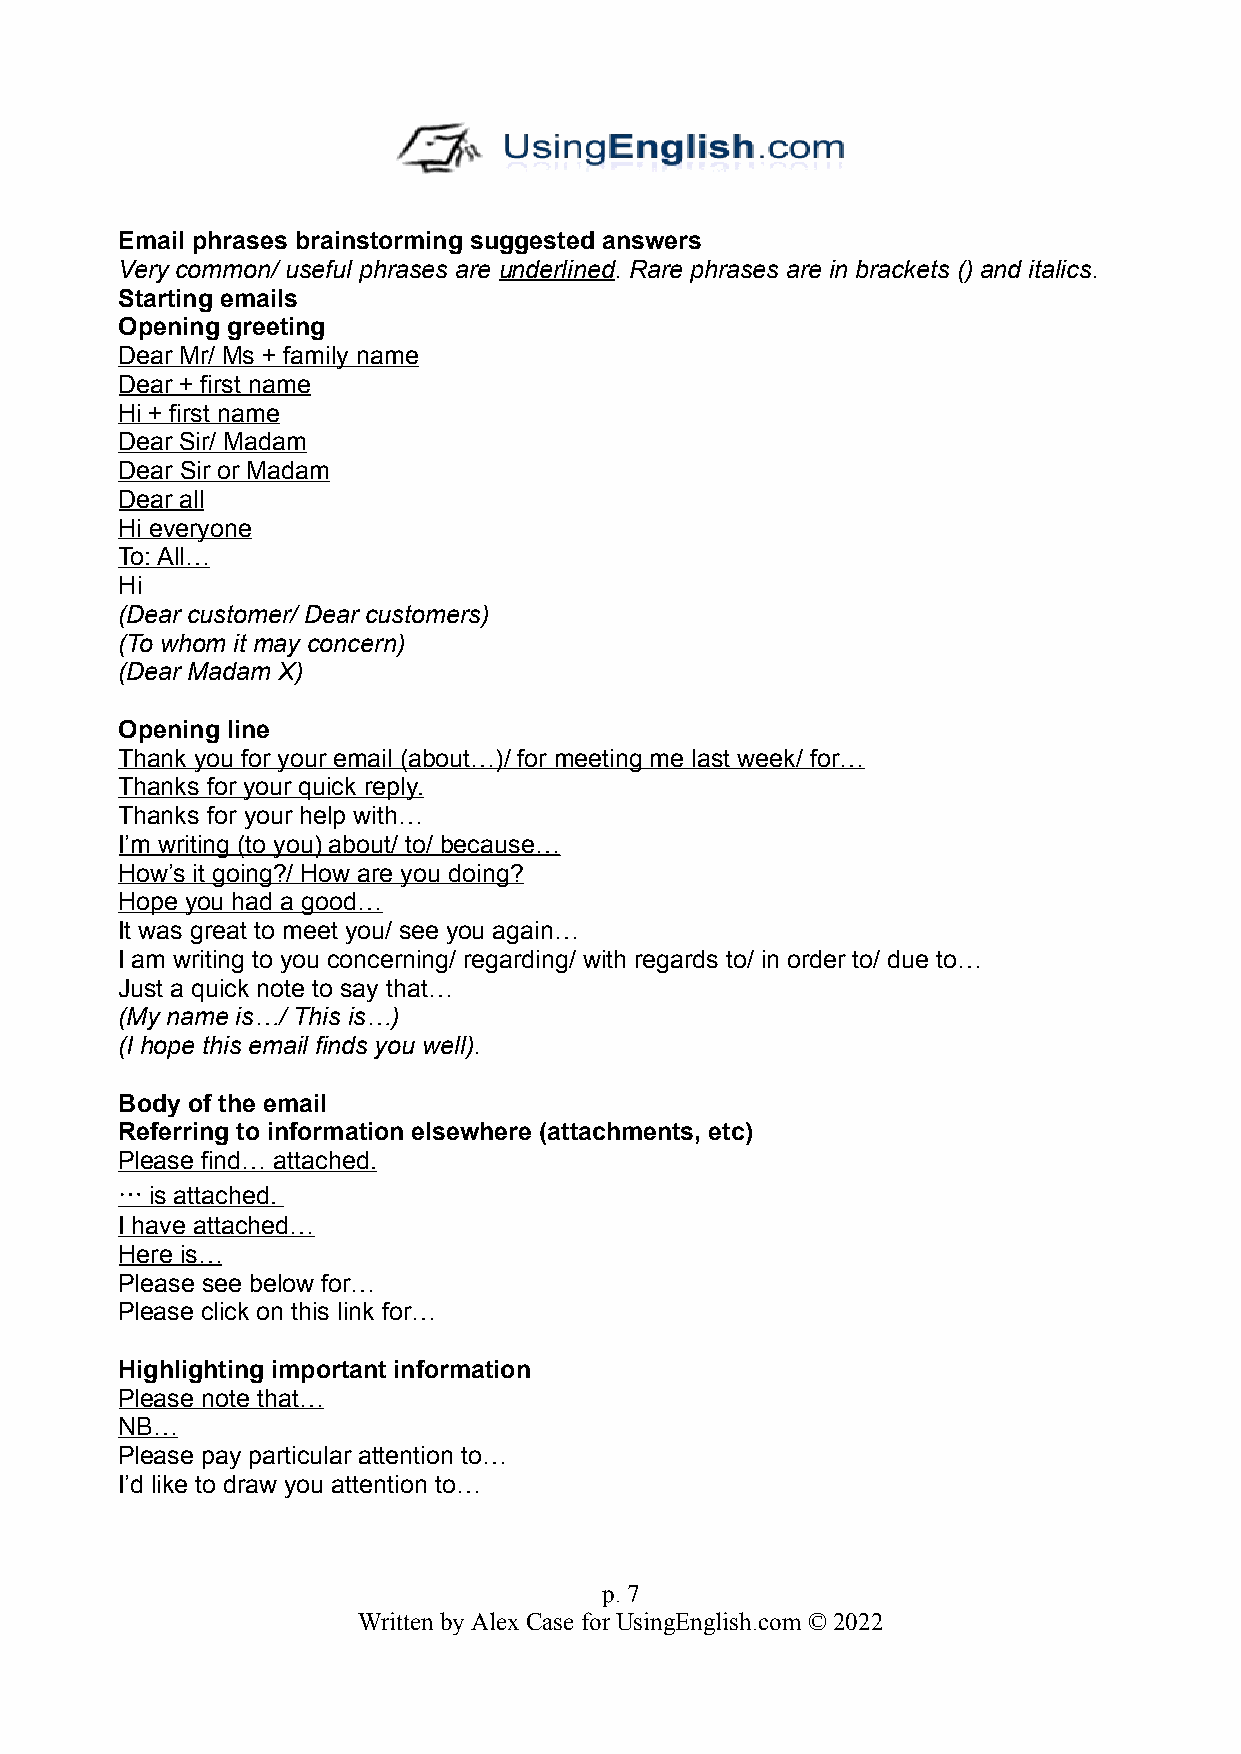
Email phrases brainstorming suggested answers
 Very common/ useful phrases are underlined. Rare phrases are in brackets () and italics.
 Starting emails
 Opening greeting
 Dear Mr/ Ms + family name
 Dear + first name
 Hi + first name
 Dear Sir/ Madam
 Dear Sir or Madam
 Dear all
 Hi everyone
 To: All…
 Hi
 (Dear customer/ Dear customers)
 (To whom it may concern)
 (Dear Madam X)
 Opening line
 Thank you for your email (about…)/ for meeting me last week/ for…
 Thanks for your quick reply.
 Thanks for your help with…
 I’m writing (to you) about/ to/ because…
 How’s it going?/ How are you doing?
 Hope you had a good…
 It was great to meet you/ see you again…
 I am writing to you concerning/ regarding/ with regards to/ in order to/ due to…
 Just a quick note to say that…
 (My name is…/ This is…)
 (I hope this email finds you well).
 Body of the email
 Referring to information elsewhere (attachments, etc)
 Please find… attached.
 … is attached.
 I have attached…
 Here is…
 Please see below for…
 Please click on this link for…
 Highlighting important information
 Please note that…
 NB…
 Please pay particular attention to…
 I’d like to draw you attention to…
 p. 7
 Written by Alex Case for UsingEnglish.com © 2022